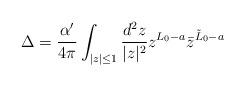
LaTeX: \begin{align*}\Delta = {\alpha^\prime \over 4\pi} \int_{|z|\leq 1} {d^2z \over |z|^2} z^{L_0-a}\bar{z}^{\tilde{L}_0-a}\end{align*}